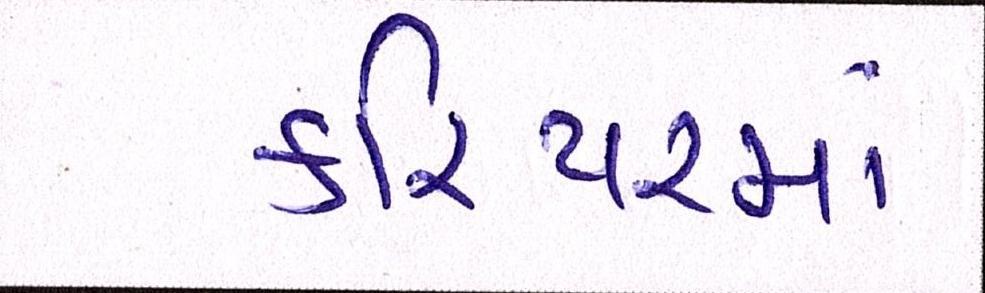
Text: કરિયરમાં